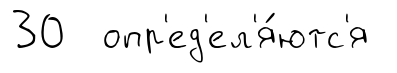
30 опр'ед'ел'я́ютс'я